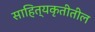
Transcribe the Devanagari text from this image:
साहित्यकृतीतील